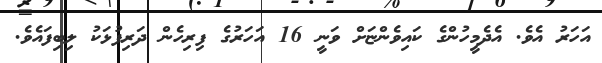
އަހަރު އެވެ. އެދެމީހުންގެ ކައިވެންޏަށް ވަނީ 16 އަހަރުގެ ފިރިހެން ދަރިފުޅަކު ލިބިފައެވެ.